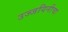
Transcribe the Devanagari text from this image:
उज्जयिनीचा